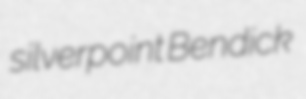
silverpoint Bendick